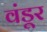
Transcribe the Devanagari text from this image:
वंडूर